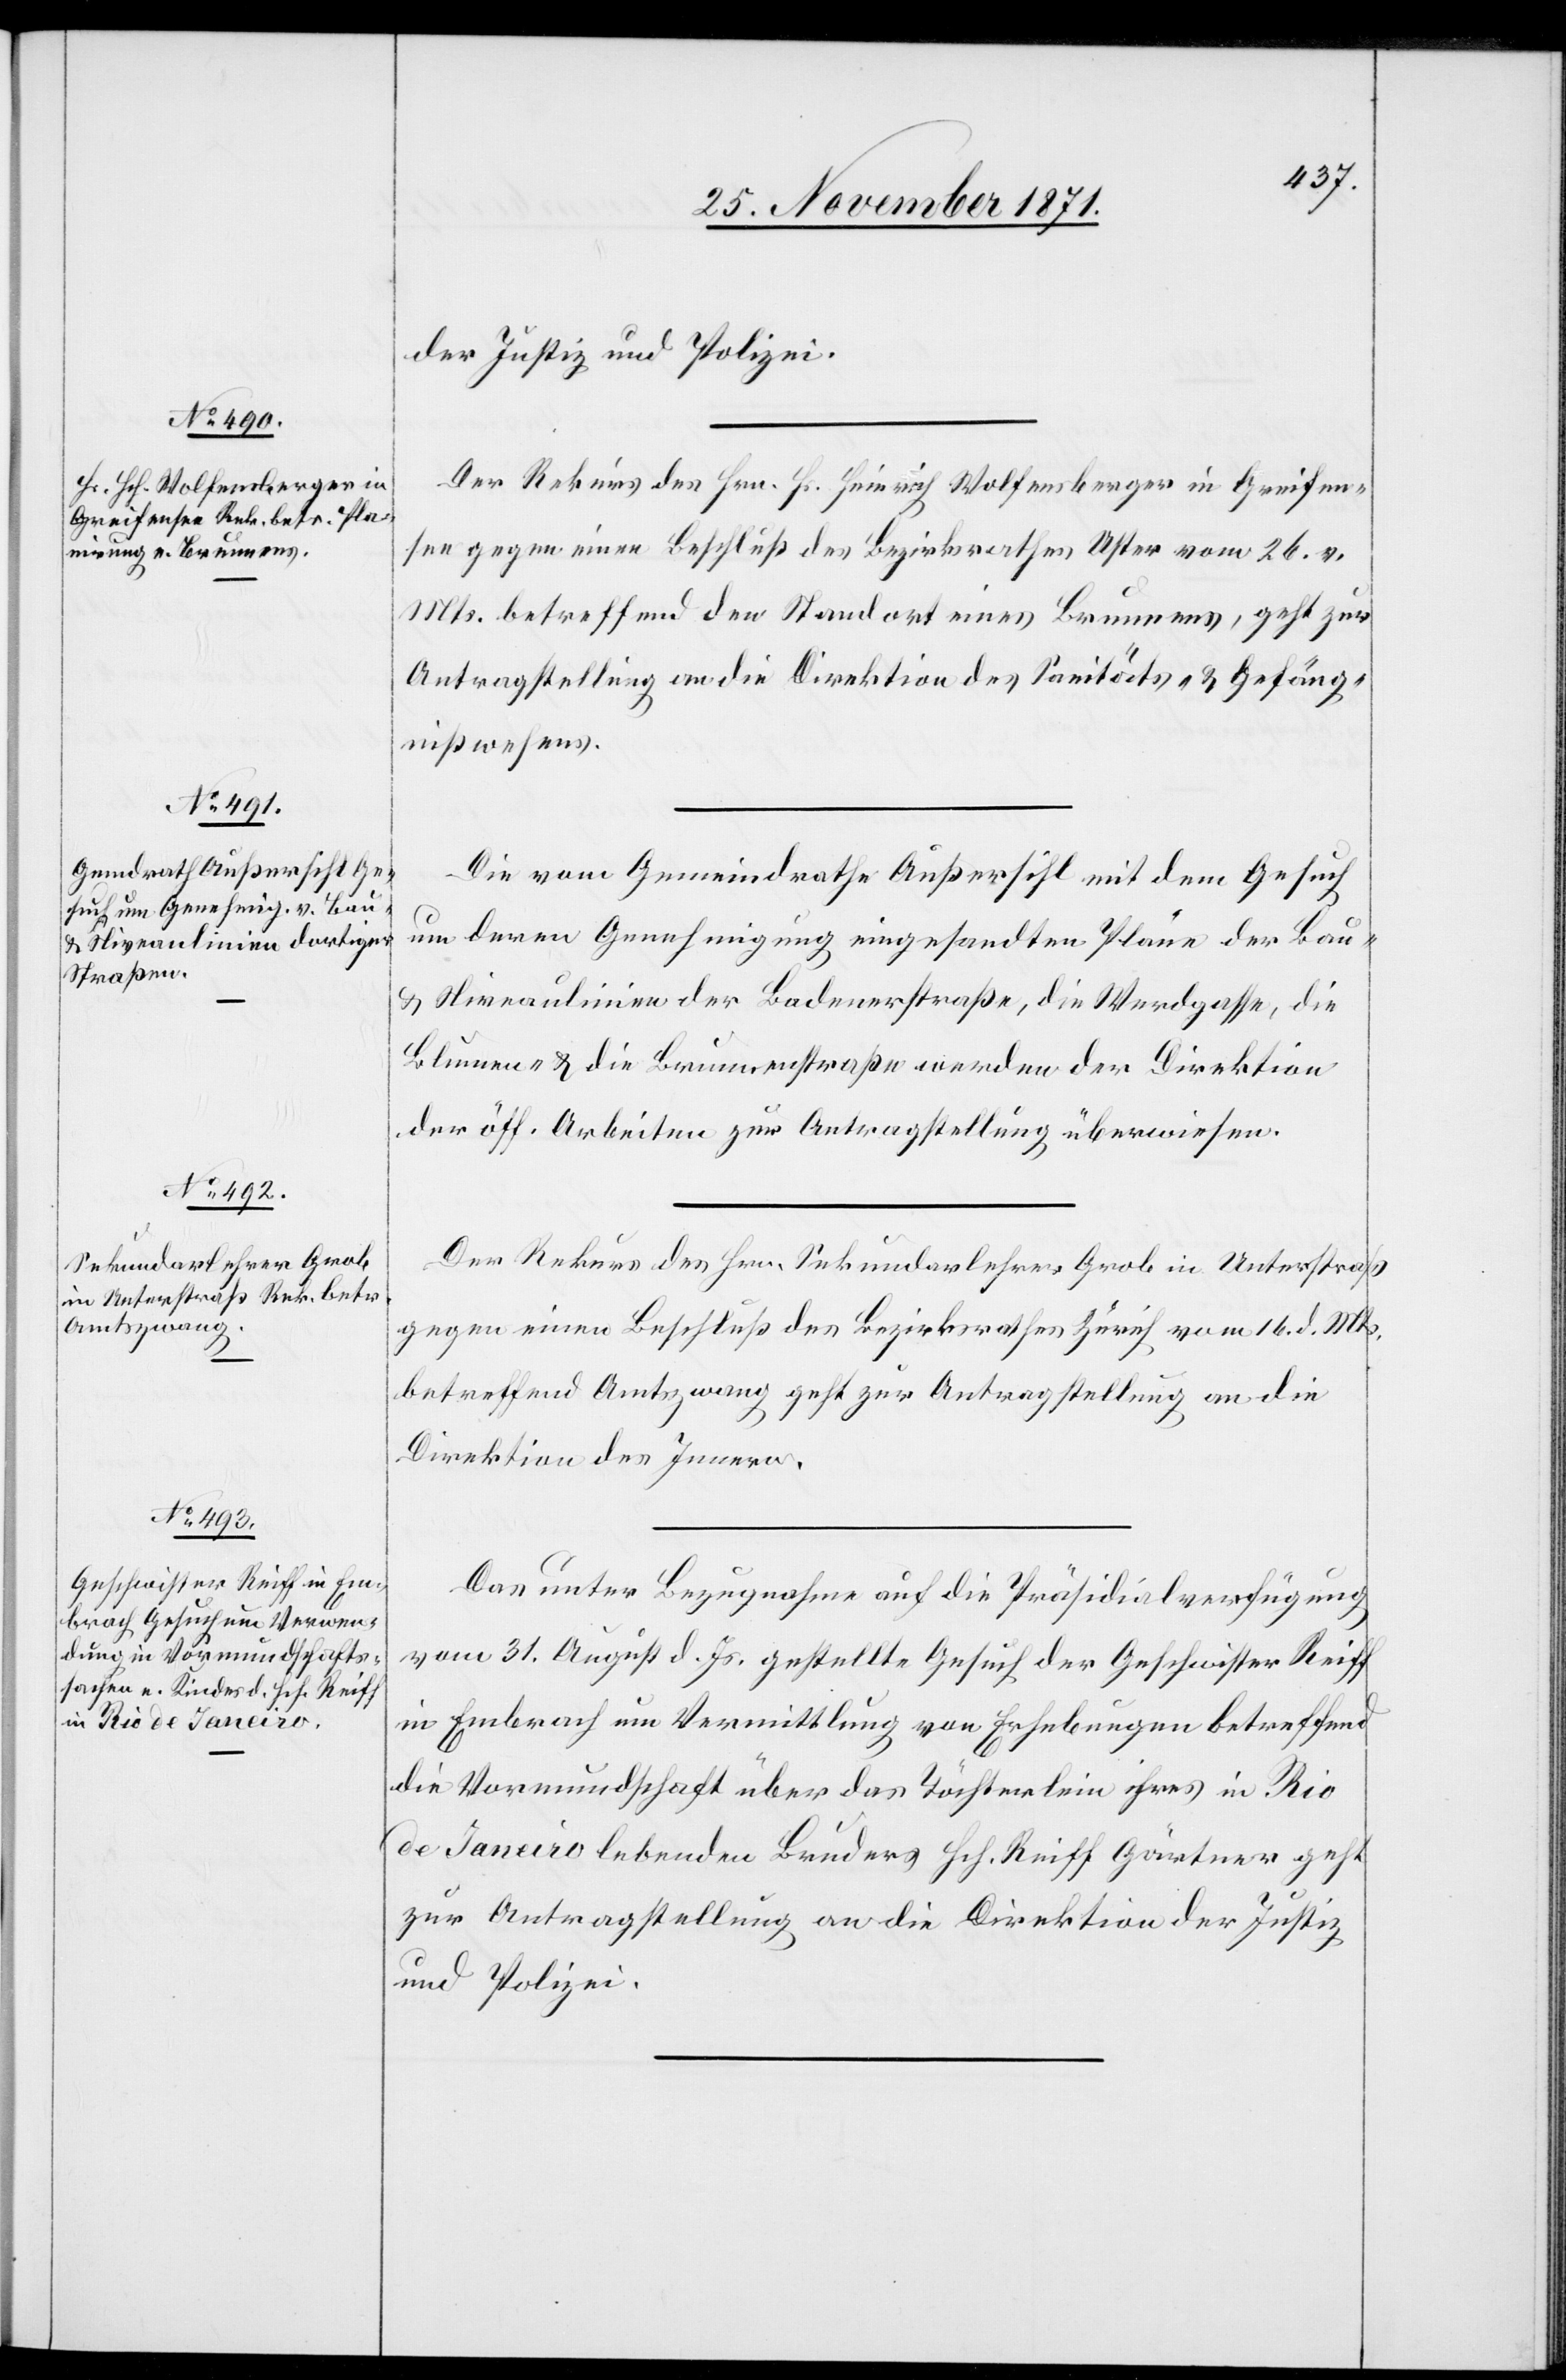
29. November 1871.]
der Justiz und Polizei.
Der Rekurs des Hrn. H. Heinrich Wolfensberger in Greifen¬
see gegen einen Beschluß des Bezirksrathes Uster vom 26. v.
Mts. betreffend den Standort eines Brunnens, geht zur
Antragstellung an die Direktion des Sanitäts- & Gefäng¬
nißwesens.
Die vom Gemeindrathe Außersihl mit dem Gesuch
um deren Genehmigung eingesandten Pläne der Bau-
& Niveaulinien der Badenerstraße, die Werdgasse, die
Blumen- & die Brunnenstraße werden der Direktion
der öff. Arbeiten zur Antragstellung überwiesen.
Der Rekurs des Hrn. Sekundarlehrer Grob in Unterstraß
gegen einen Beschluß des Bezirksrathes Zürich vom 16. d. Mts.
betreffend Amtszwang geht zur Antragstellung an die
Direktion des Innern.
Das unter Bezugnahme auf die Präsidialverfügung
vom 31. August d. Js. gestellte Gesuch der Geschwister Reiff
in Embrach um Vermittlung von Erhebungen betreffend
die Vormundschaft über das Töchterlein ihres in Rio
de Janeiro lebenden Bruders Hch. Reiff[,] Gärtner geht
zur Antragstellung an die Direktion der Justiz
und Polizei.